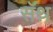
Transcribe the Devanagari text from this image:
सॅथ़